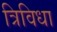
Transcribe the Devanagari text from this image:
त्रिविधा